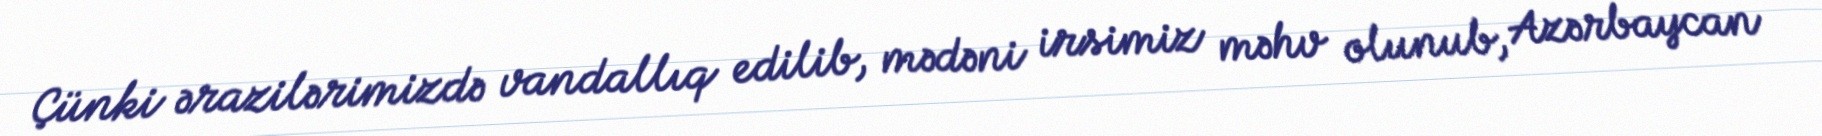
Çünki ərazilərimizdə vandallıq edilib, mədəni irsimiz məhv olunub, Azərbaycan